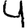
Digit: 4